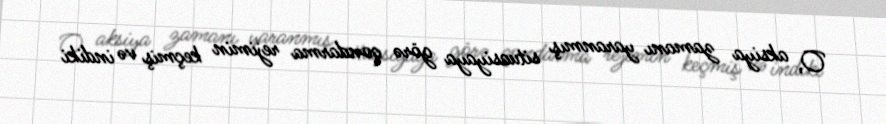
O, aksiya zamanı yaranmış situasiyaya görə qondarma rejimin keçmiş və indiki